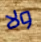
ولا